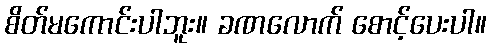
စိတ်မကောင်းပါဘူး။ ခဏလောက် စောင့်ပေးပါ။